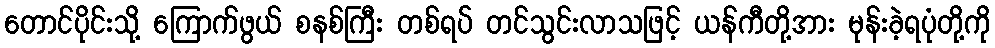
တောင်ပိုင်းသို့ ကြောက်ဖွယ် စနစ်ကြီး တစ်ရပ် တင်သွင်းလာသဖြင့် ယန်ကီတို့အား မုန်းခဲ့ရပုံတို့ကို